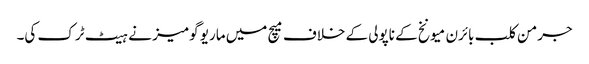
جرمن کلب بائرن میونخ کے ناپولی کے خلاف میچ میں ماریو گومیز نے ہیٹ ٹرک کی۔